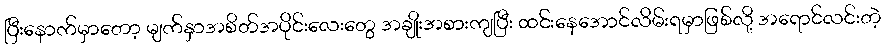
ပြီးနောက်မှာတော့ မျက်နှာအစိတ်အပိုင်းလေးတွေ အချိုးအစားကျပြီး ထင်းနေအောင်လိမ်းရမှာဖြစ်လို့ အရောင်လင်းတဲ့